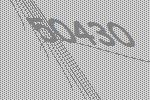
50430